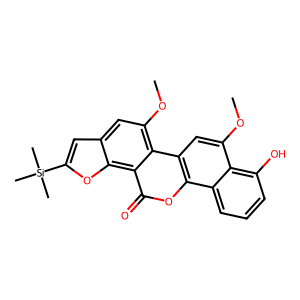
SMILES: COc1cc2c(oc(=O)c3c4oc([Si](C)(C)C)cc4cc(OC)c23)c2cccc(O)c12
Inhibits HIV replication: No